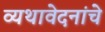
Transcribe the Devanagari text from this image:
व्यथावेदनांचे